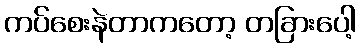
ကပ်စေးနဲတာကတော့ တခြားပေါ့